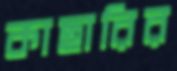
কাছারির